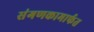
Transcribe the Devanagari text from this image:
संगणकामार्फत